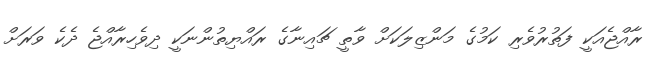
ރާއްޖެއަކީ ފަތުރުވެރި ކަމުގެ މަންޒިލަކަށް ވާތީ ޗައިނާގެ ރައްޔިތުންނަކީ ދިވެހިރާއްޖެ ދެކެ ވަރަށް